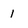
Character: 1